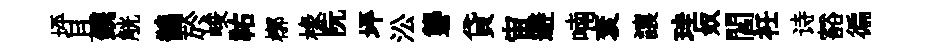
坪且鎸觥鵲於峻祐槨椽阮坪㳂礱貸宙避喃袞讓珪奴閻衽诗豁徧